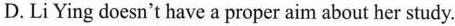
D.LiYing doesn't have a proper aim about her study.